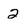
Character: 2